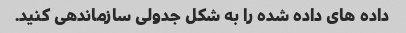
داده های داده شده را به شکل جدولی سازماندهی کنید.